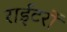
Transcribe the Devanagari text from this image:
राईटरों